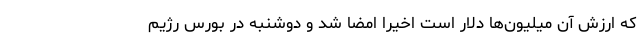
که ارزش آن میلیون‌ها دلار است اخیرا امضا شد و دوشنبه در بورس رژیم